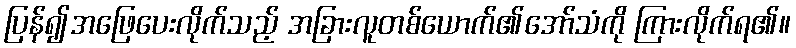
ပြန်၍အဖြေပေးလိုက်သည့် အခြားလူတစ်ယောက်၏အော်သံကို ကြားလိုက်ရ၏။